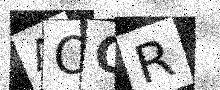
Text: AOCR